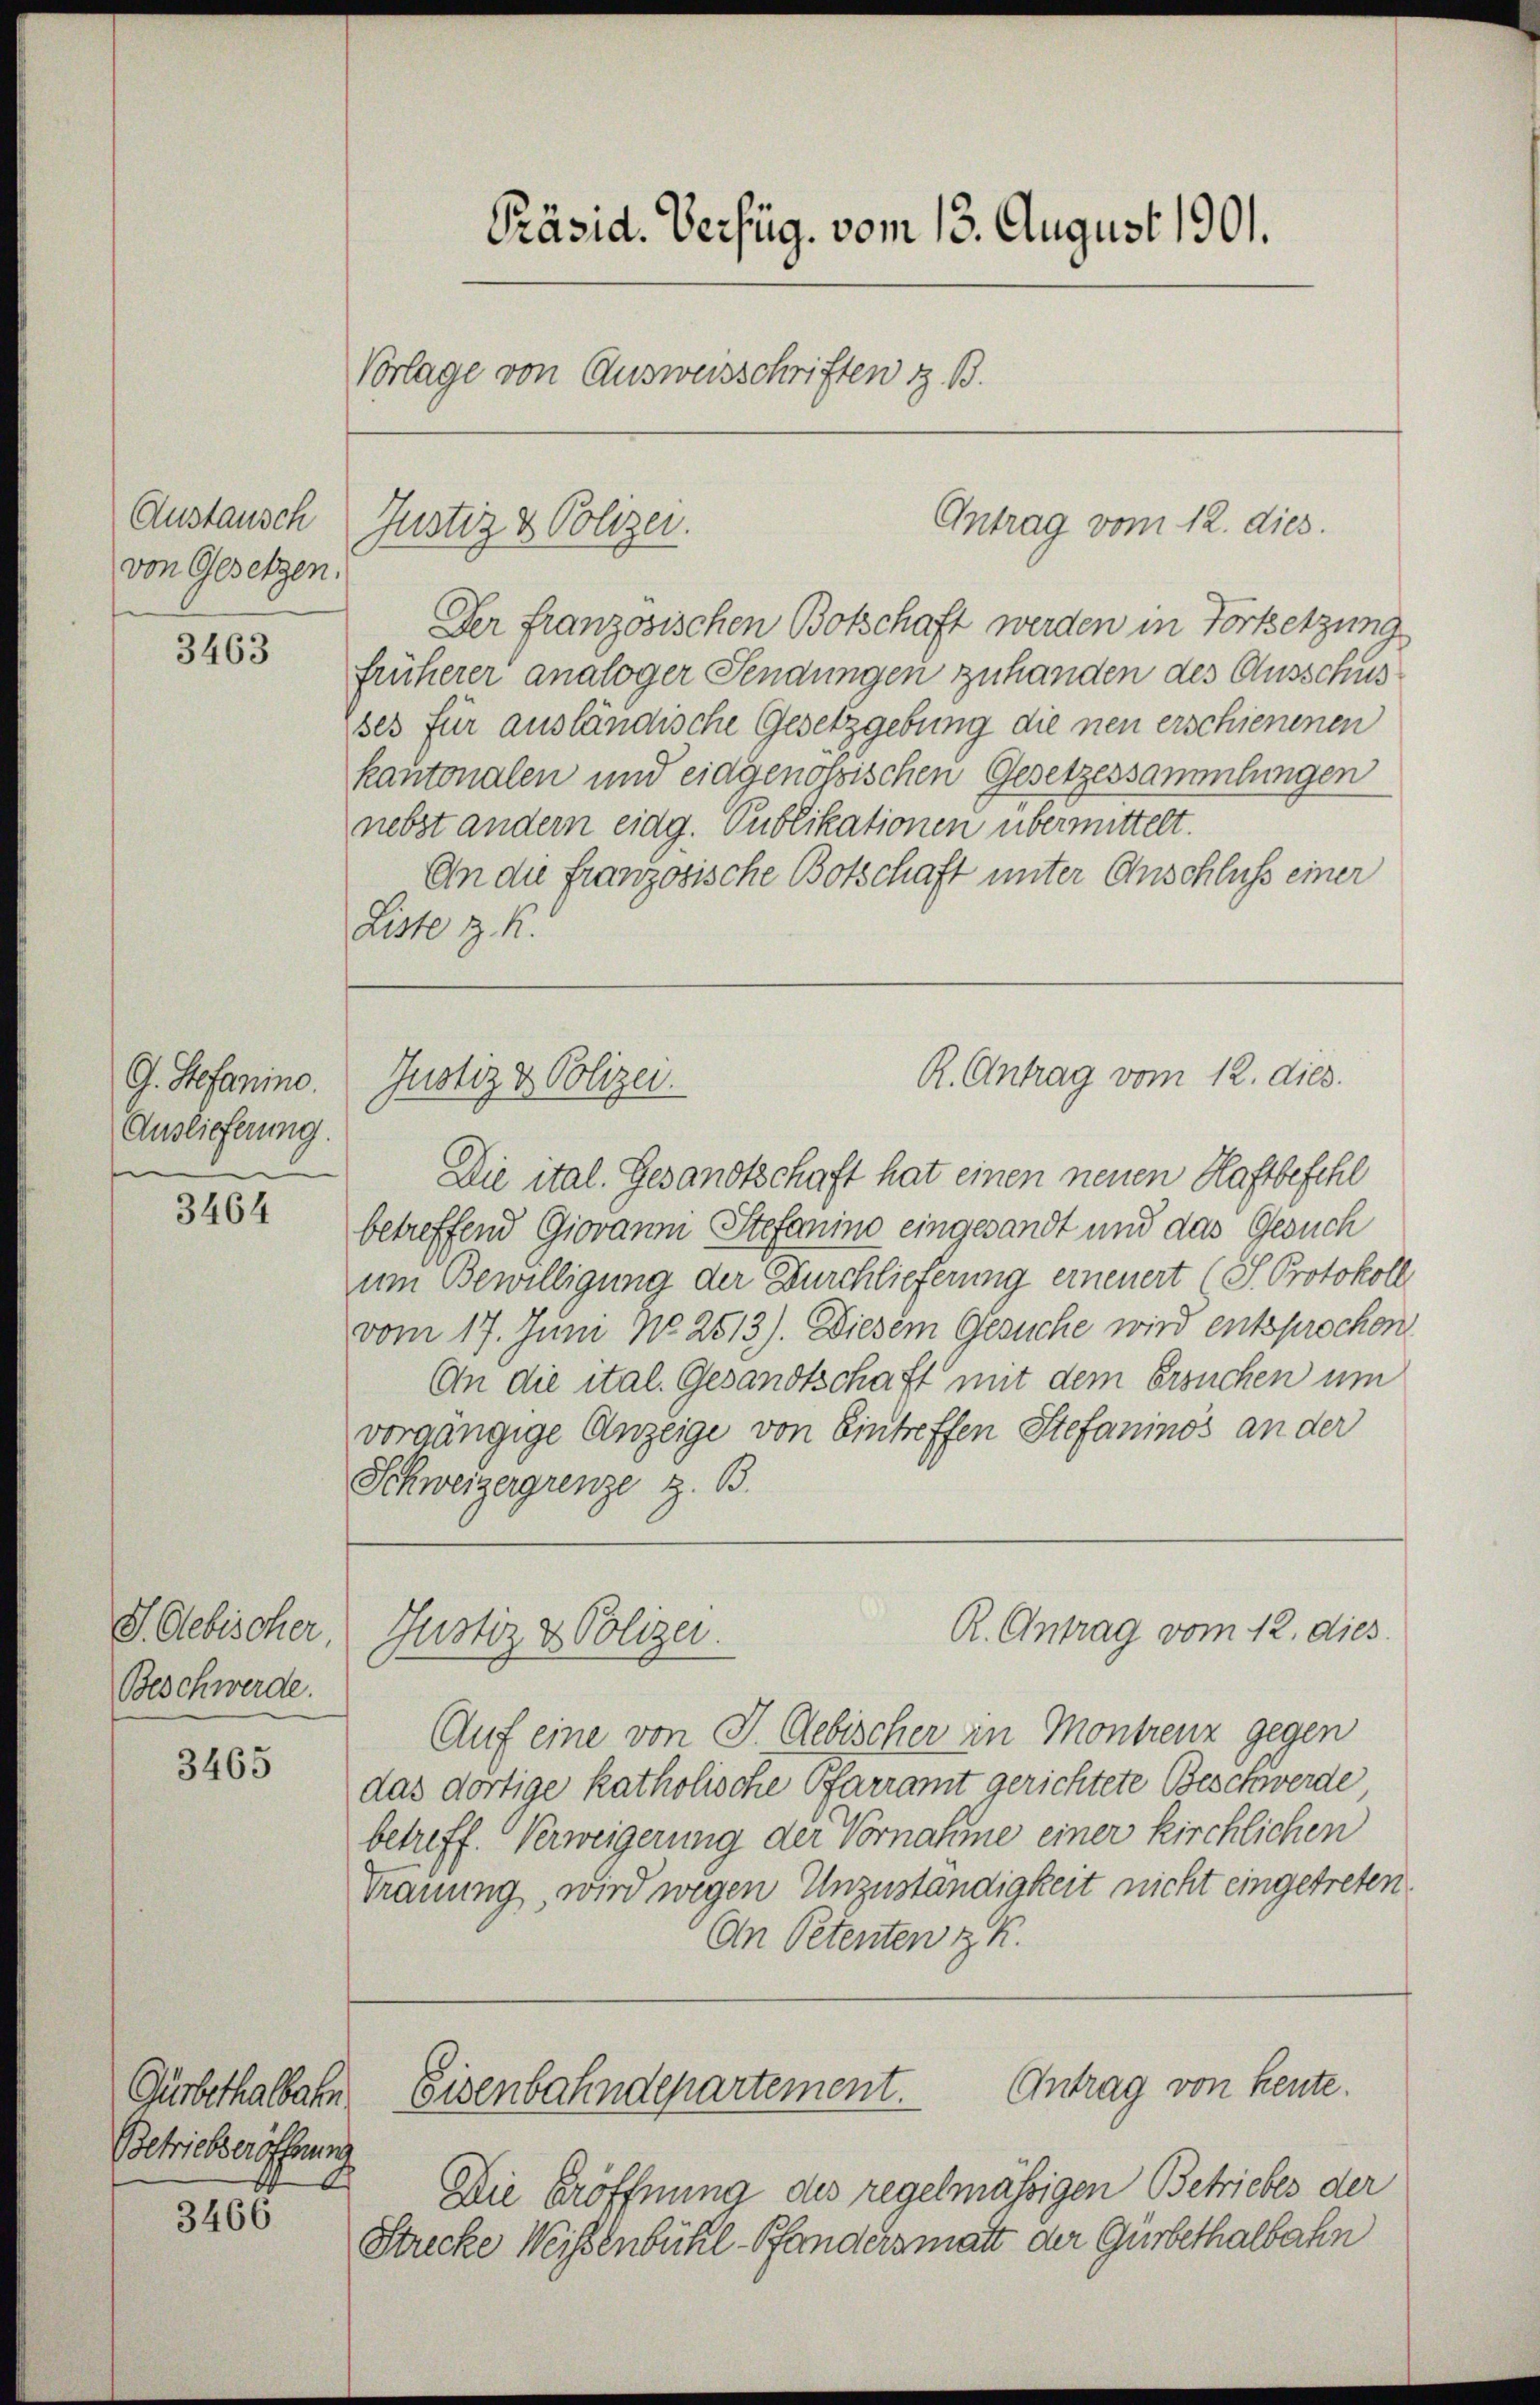
Austausch
von Gesetzen.

3463

G. Stefanine.
Auslieferung.

3464

S. Gebischer
Beschwerde.

3465

Gürbethalbahn.
Betriebseröffnung

3108

Präsid. Verfüg. vom 13. August 1901.
Vorlage von Ausweisschriften z. B.

Justiz & Polizei.

Der französischen Botschaft werden in Fortsetzung
früherer analoger Sendungen zuhanden des Ausschus
ses für ausländische Gesetzgebung die neu erschienenen
kantonalen und eidgenössischen Gesetzessammlungen
nebst andern eidg. Publikationen übermittelt.
An die französische Botschaft unter Anschluss einer
Liste z. K.

Justiz & Polizei.

Die ital. Gesandtschaft hat einen neuen Haftbefehl
betreffend Giovanni Stefanino eingesandt und das Gesuch
um Bewilligung der Durchlieferung erneuert (S. Protokoll
vom 17. Juni No 2513). Diesem Gesuche wird entsprochen
An die ital. Gesandtschaft mit dem Ersuchen um
vorgängige Anzeige von Eintreffen Stefaninos an der
Schweizergrenze z. B.

Justiz & Polizei.

Auf eine von J. Gebischer in Montrenz gegen
das dortige katholische Pfarramt gerichtete Beschwerde,
betreff. Verweigerung der Vornahme einer kirchlichen
An Petenten z. K.

Antrag vom 12. dies

R. Antrag vom 12. dies.

Trauung, wird wegen Unzuständigkeit nicht eingetreten.

R. Antrag vom 12. dies

Die Eröffnung des regelmässigen Betriebes der
Strecke Weisenbühl-Pfanders matt der Gürbethalbahn

Antrag von heute.
Eisenbahndepartement.